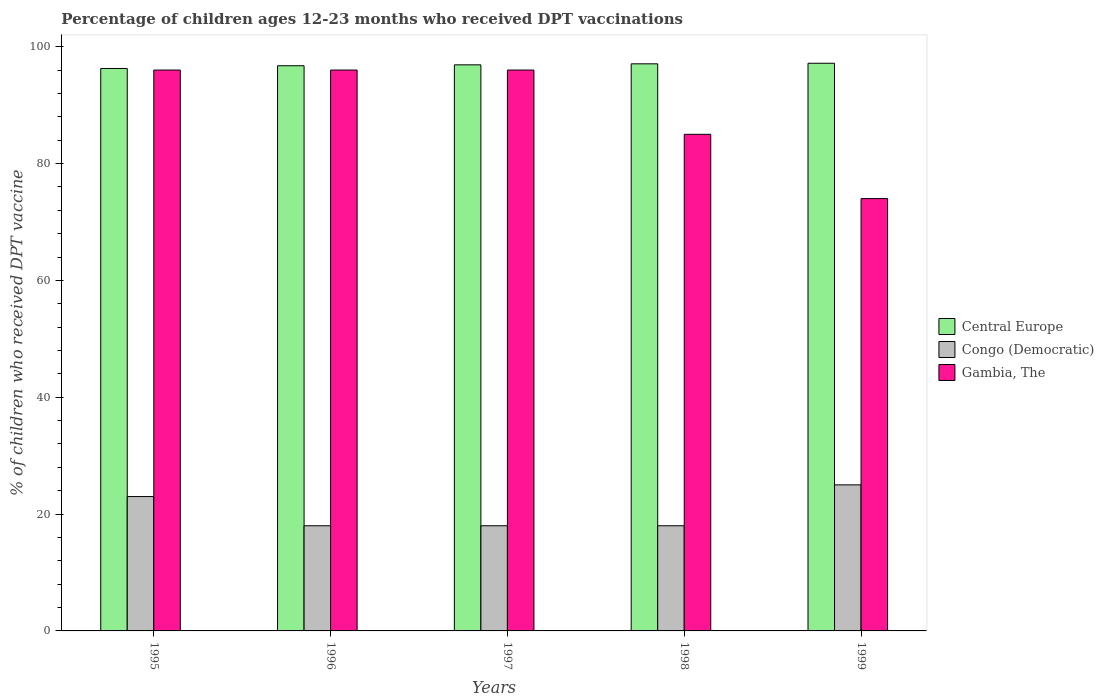
| Years | Central Europe | Congo (Democratic) | Gambia, The |
 | --- | --- | --- | --- |
 | 1995 | 96.3 | 23 | 96 |
 | 1996 | 96.7 | 18 | 96 |
 | 1997 | 96.9 | 18 | 96 |
 | 1998 | 97.1 | 18 | 85 |
 | 1999 | 97.2 | 25 | 74 |